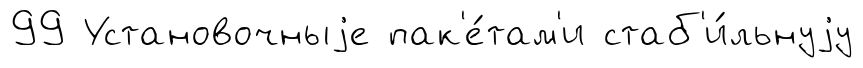
99 Установочныjе пак'е́там'и стаб'и́льнуjу